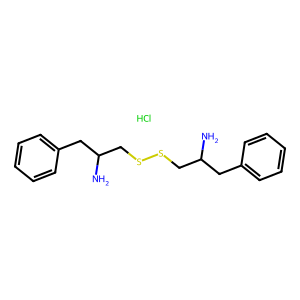
SMILES: Cl.NC(CSSCC(N)Cc1ccccc1)Cc1ccccc1
Inhibits HIV replication: No